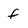
Character: f